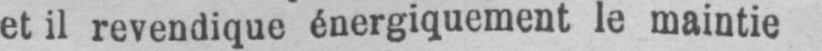
et il revendique énergiquement le maintie